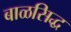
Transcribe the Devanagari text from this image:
बाळसिद्ध